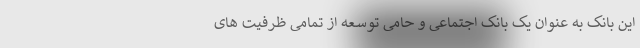
این بانک به عنوان یک بانک اجتماعی و حامی توسعه از تمامی ظرفیت های